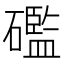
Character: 礛